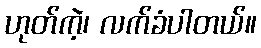
ဟုတ်ကဲ့၊ လက်ခံပါတယ်။